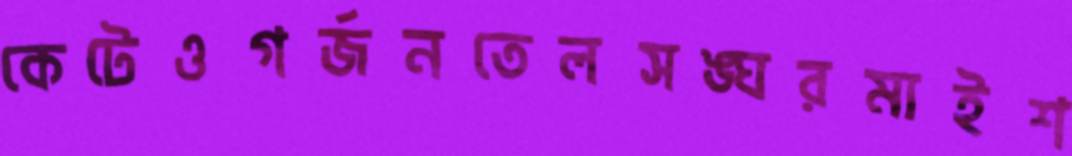
কেটেওগর্জনতেলসঙ্ঘরমাইশ